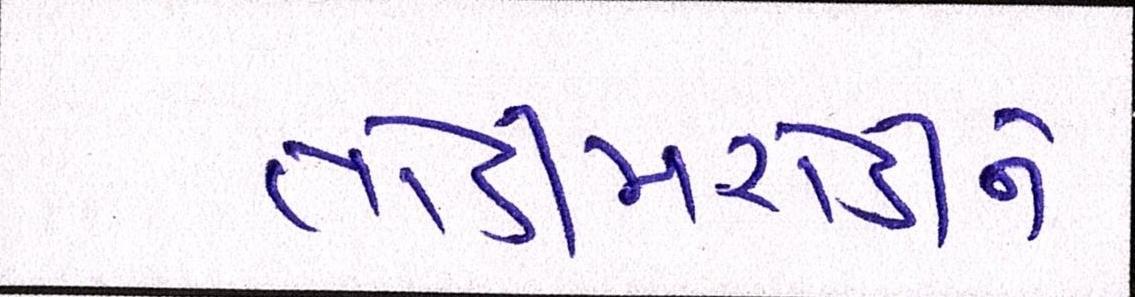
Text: તોડીમરોડીને